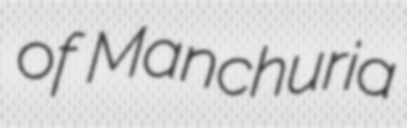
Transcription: of Manchuria